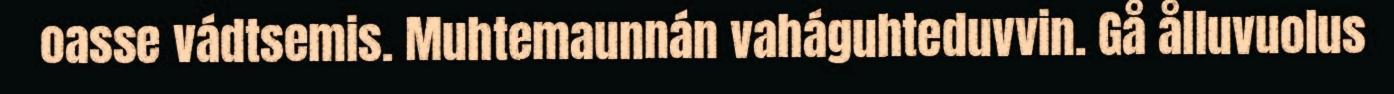
oasse vádtsemis. Muhtemaunnán vaháguhteduvvin. Gå ålluvuolus